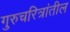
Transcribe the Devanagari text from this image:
गुरुचरित्रांतील